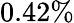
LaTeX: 0.42\%